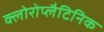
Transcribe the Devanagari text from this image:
क्लोरोप्लैटिनिक